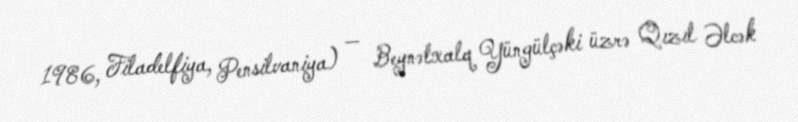
1986, Filadelfiya, Pensilvaniya) — Beynəlxalq Yüngülçəki üzrə Qızıl Əlcək